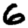
Digit: 6